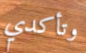
وتأكدي